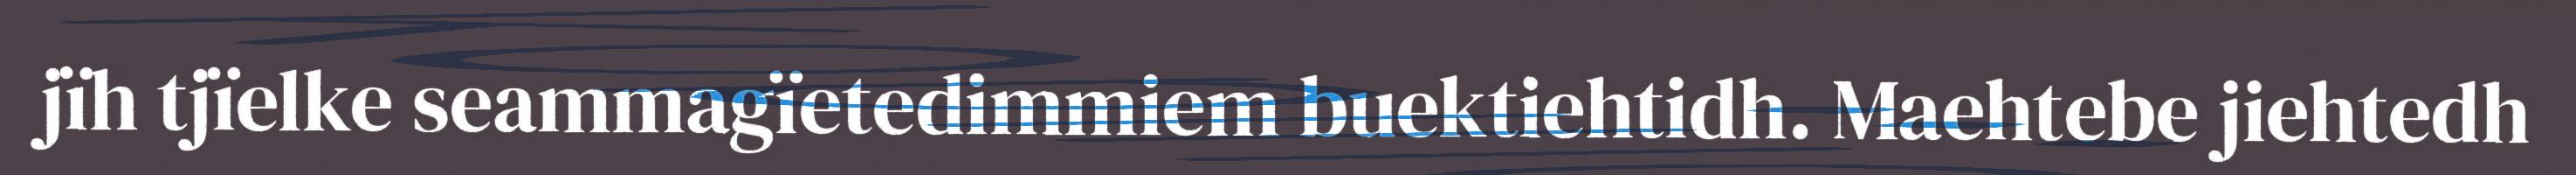
jïh tjïelke seammagïetedimmiem buektiehtidh. Maehtebe jiehtedh